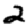
Digit: 2